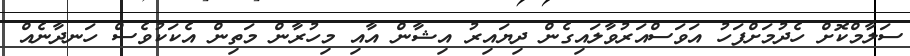
ސަލާމްކޮށް ހެދުމަށްފަހު އަވަސްއަރުވާލައިގެން ދިޔައިރު އިޝާން އާއި މިހުރާން މަތިން އެކަކުވެސް ހަނދާނެއް